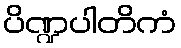
ပိဏ္ဍပါတိကံ